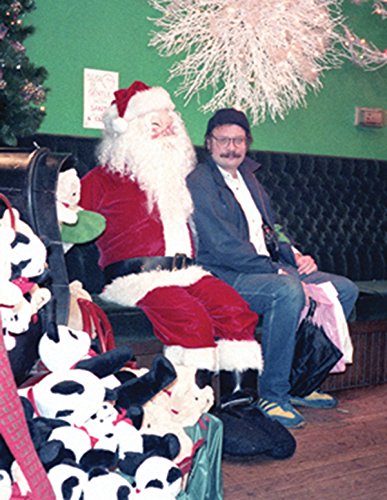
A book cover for The George Kuchar Reader; George Kuchar; Arts & Photography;